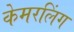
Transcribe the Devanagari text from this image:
केमरलिंग